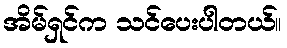
အိမ်ရှင်က သင်ပေးပါတယ်။